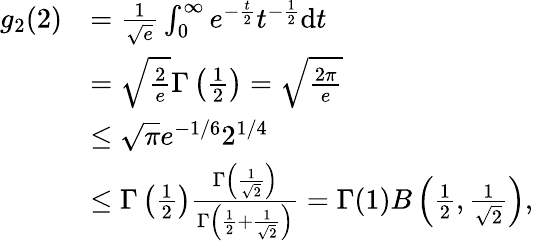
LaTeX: \begin{array}{rl}{g_{2}(2)}&{=\frac{1}{\sqrt{e}}\int_{0}^{\infty}e^{-\frac{t}{2}}t^{-\frac{1}{2}}\mathrm{d}t}\\ &{=\sqrt{\frac{2}{e}}\Gamma\left(\frac{1}{2}\right)=\sqrt{\frac{2\pi}{e}}}\\ &{\leq\sqrt{\pi}e^{-1/6}2^{1/4}}\\ &{\leq\Gamma\left(\frac{1}{2}\right)\frac{\Gamma\left(\frac{1}{\sqrt{2}}\right)}{\Gamma\left(\frac{1}{2}+\frac{1}{\sqrt{2}}\right)}=\Gamma(1)B\left(\frac{1}{2},\frac{1}{\sqrt{2}}\right),}\end{array}